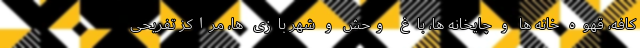
کافه، قهوه خانه ها و چایخانه ها، باغ وحش و شهر بازی ها، مراکز تفریحی